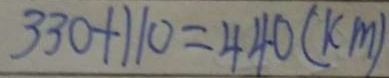
3 3 0 + 1 1 0 = 4 4 0 ( k m )